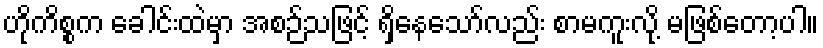
ဟိုကိစ္စက ခေါင်းထဲမှာ အစဉ်သဖြင့် ရှိနေသော်လည်း စာမကူးလို့ မဖြစ်တော့ပါ။